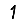
Digit: 1